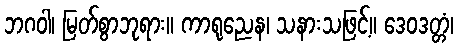
ဘဂဝါ၊ မြတ်စွာဘုရား။ ကာရုညေန၊ သနားသဖြင့်။ ဒေဝဒတ္တံ၊